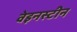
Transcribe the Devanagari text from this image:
वेइनस्टीन